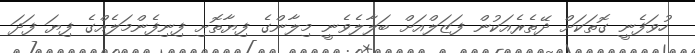
ހުވަފެނީ ގޮތަކަށް ދޭތެރެއަކުން ފަޒަލްއަށް ބަލާލެވެނީ މިލާންގެ ފިޔާތޮށި ފިނިފެންމަލެއްގެ ފިޔަ ފަދަ